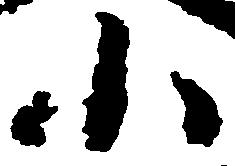
小